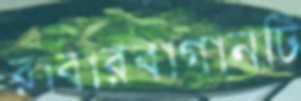
রাবারবাগানটি